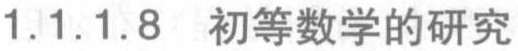
1.1.1.8 初等数学的研究